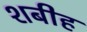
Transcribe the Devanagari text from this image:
शबीह